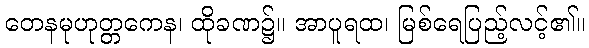
တေနမုဟုတ္တကေန၊ ထိုခဏ၌။ အာပူရထ၊ မြစ်ရေပြည့်လင့်၏။